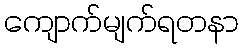
ကျောက်မျက်ရတနာ